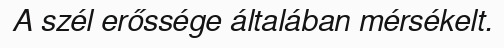
A szél erőssége általában mérsékelt.